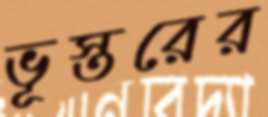
ভূস্তরের